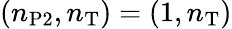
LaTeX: (n_{\mathrm{P2}},n_{\mathrm{T}})=(1,n_{\mathrm{T}})